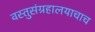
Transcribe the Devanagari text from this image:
वस्तुसंग्रहालयाचाच